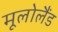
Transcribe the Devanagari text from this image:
मूलोलैंड